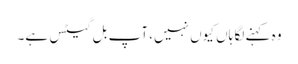
وہ کہنے لگا ہاں کیوں نہیں، آپ بل گیٹس ہے۔